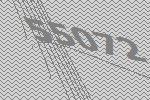
55072